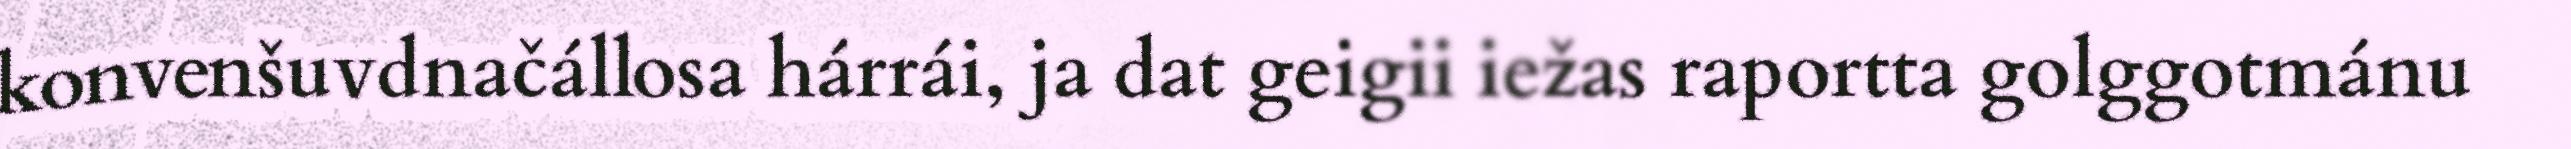
konvenšuvdnačállosa hárrái, ja dat geigii iežas raportta golggotmánu